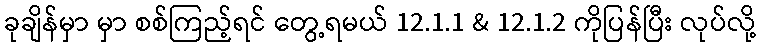
ခုချိန်မှာ မှာ စစ်ကြည့်ရင် တွေ့ရမယ် 12.1.1 & 12.1.2 ကိုပြန်ပြီး လုပ်လို့